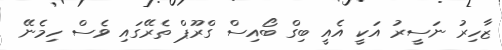
ޒާހިރު ނަސީރު އަކީ އެއީ ބިގް ބޯއިސް ގްްރޫޕް ތެރޭގައި ވެސް ހިމެނޭ